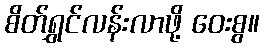
စိတ်ရွှင်လန်းလာဖို့ ဝေးစွ။